Civil Veterinary Dept. Assam report 1927-50 - 1927-1950
Year: 1927
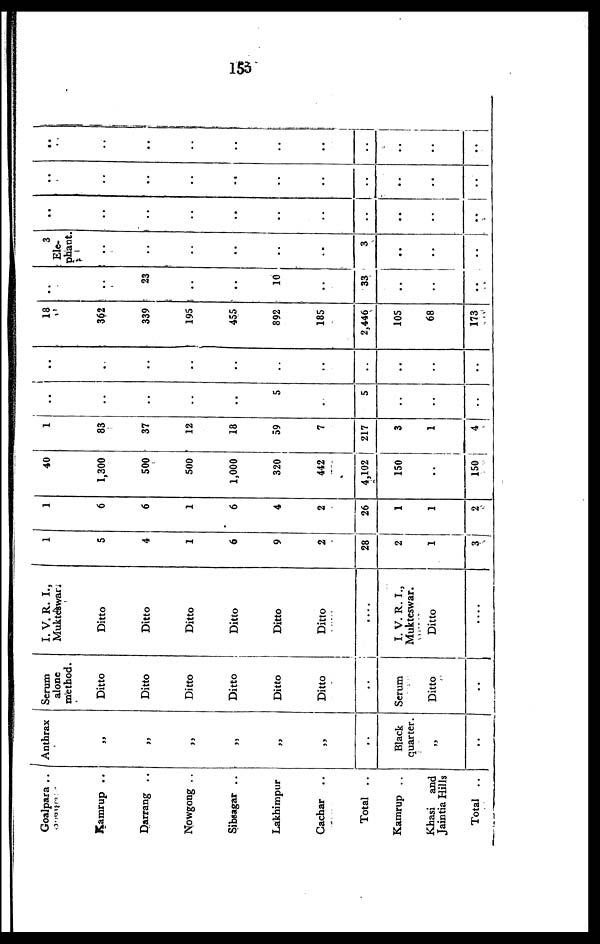
155
Goalpara ..
Kamrup ..
Darrang ..
Nowgong ..
Sibsagar ..
Lakhimpur
Cachar
..
Total ..
Kamrup ..
Khasi and
Jaintia Hills
Total ..
Anthrax
„
„
„
„
„
„
..
Black
quarter.
„
..
Serum
alone
method.
Ditto
Ditto
Ditto
Ditto
Ditto
Ditto
..
Serum
Ditto
..
I. V. R. I.,
MukteWar.,
Ditto
Ditto
Ditto
Ditto
Ditto
Ditto
....
I. V. R. I.,
Mukteswar.
Ditto
....
1
5
4
1
6
9
2
28
2
1
3
1
6
6
1
6
4
2
26
1
1
2
40
1,300
500
500
1,000
320
442
4,102
150
„
150
1
83
37
12
18
59
7
217
3
1
4
„
„
..
..
..
5
„
5
„
„
..
„
„
..
..
..
..
..
..
„
„
..
18
362
339
195
455
892
185
2,446
105
68
173
„
..
23
..
..
10
..
33
„
„
..
3
Ele-
phant
..
„
..
..
..
..
3
„
„
..
„
..
„
..
..
..
..
..
„
..
..
„
..
„
..
..
..
..
..
„
„
..
„
..
„
„
..
..
„ .
..
„
„
..